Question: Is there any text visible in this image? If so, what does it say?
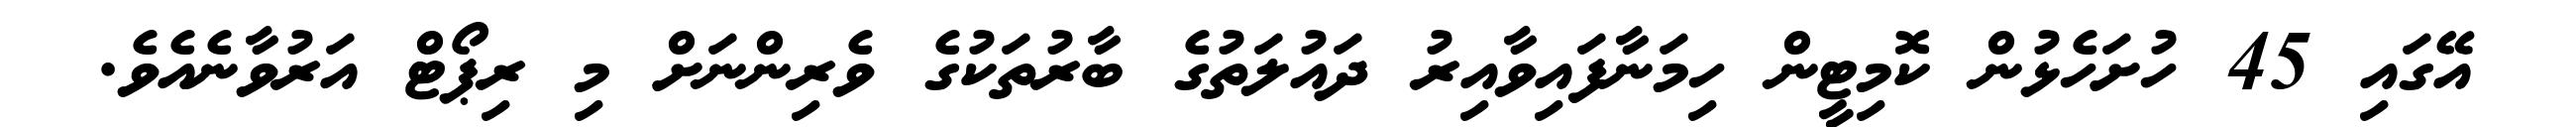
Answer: އޭގައި 45 ހުށަހެޅުން ކޮމިޓީން ހިމަނާފައިވާއިރު ދައުލަތުގެ ބާރުތަކުގެ ވެރިންނަށް މި ރިޕޯޓް އަރުވާނެއެވެ.